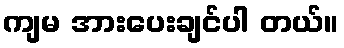
ကျမ အားပေးချင်ပါ တယ်။